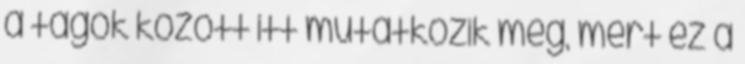
a tagok között itt mutatkozik meg, mert ez a